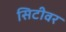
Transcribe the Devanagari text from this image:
सिटीवर